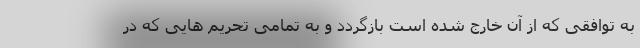
به توافقی که از آن خارج شده است بازگردد و به تمامی تحریم هایی که در